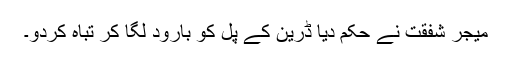
میجر شفقت نے حکم دیا ڈرین کے پل کو بارود لگا کر تباہ کردو۔